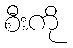
စီးကို